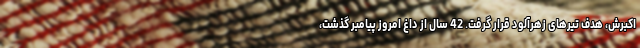
اکبرش، هدف تیرهای زهرآلود قرار گرفت. 42 سال از داغ امروز پیامبر گذشت،